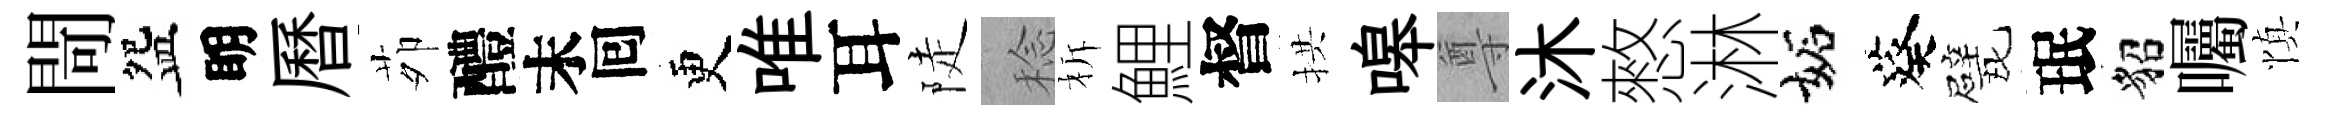
閜盌眀曆茆醴末囘更唯耳陡稔柝鯉督拱嗥尊沐憗淋妬葵戏珉貂囑慎